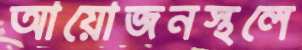
আয়োজনস্থলে